Annual report on the lock hospitals of the Madras Presidency
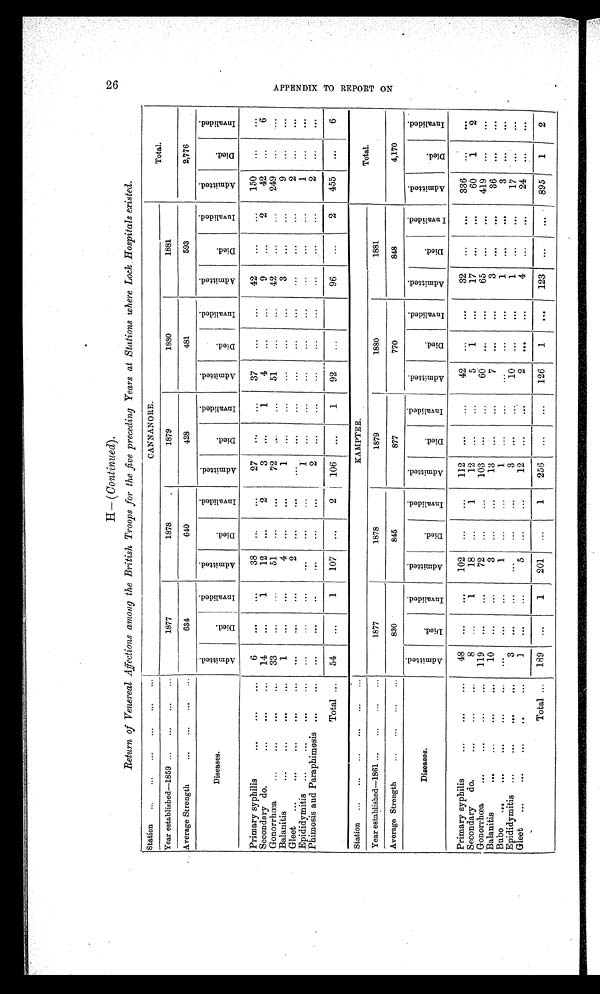
2 6 A P P E N D I X T O R E P O R T O N
H—( Continued) .
Return of Venereal Affections among the British Troops for the five preceding Years at Stations where Lock . Hospitals existed.
Station ... ... ... ... ... ...
CANNANORE.
Total.
Year established—1859 ... ... ... ...
1877
1878
1879
1880
1881
Average Strength
... ... ... ...
634
640
428
481
593
2,776
Diseases.
A d m i t t e d .
D i e d .
I n v a l i d e d .
A d m i t t e d . D i e d .
I n v a l i d e d .
A d m i t t e d .
D i e d .
I n v a l i d e d .
A d m i t t e d .
D i e d . I n v a l i d e d .
A d m i t t e d .
D i e d .
I n v a l i d e d .
A d m i t t e d .
D i e d .
I n v a l i d e d .
Primary syphilis
...
... ...
6
. . .
. . .
38 ...
...
27 ...
...
37
...
...
42
... ...
150
...
. . .
Secondary do.
...
...
... 14
. . .
1
12 ...
2
3 ...
1
4
...
...
9
. . .
2
42 ...
6
Gonorrhœa ...
...
...
... 33
... ...
51
... ...
72
... ...
51
...
...
42
...
...
249
... ...
Balanitis
...
...
...
...
1
... ...
4 ...
...
1 ...
...
...
...
3
... ...
9
... ...
Gleet...
... ... ...
... ...
...
...
2 ...
...
...
...
...
...
. . .
... ... ...
2 ...
...
Epididymitis ...
...
...
... ... ... ...
...
... ...
1 ...
...
...
...
...
...
...
...
1
... ...
Phimosis and Paraphimosis ... ...
... ...
..
...
...
. . .
2
...
...
...
...
...
... ... ...
2 ...
. . .
Total ... 54
...
1
107 ...
2
106 ...
1
92
. . .
96
...
2
455
...
6
Station ... ... ... ... ... ...
KAMPTEE.
Total.
Year established—1861 ... ... ... ...
1877
1878
1879
1880
1881
Average Strength
... ... ... ...
830
845
877
770
848
4,170
Diseases
A d m i t t e d . D i e d .
I n v a l i d e d .
A d m i t t e d . D i e d .
I n v a l i d e d .
A d m i t t e d . D i e d .
I n v a l i d e d
.
A d m i t t e d .
D i e d .
I n v a l i d e d .
A d m i t t e d .
D i e d .
I n v a l i d e d .
A d m i t t e d .
D i e d .
I n v a l i d e d .
Primary syphilis
...
...
...
48 ...
...
102 ...
. . . 112 ...
...
42
... ...
32 ...
...
336 ...
...
Secondary do.
...
...
...
8
...
1
18
...
1
12 ...
...
5
1
...
17 ...
...
60
1
2
Gonorrhœa ...
...
...
...
119
... ...
72
... ...
103
... ...
60
... ...
65
... ...
419
... ...
Balanitis
...
... ... ...
10 ...
...
3
... ...
13 ...
. . .
7
...
...
3
... ...
36
... ...
Bubo ...
...
...
... ...
... ...
. . .
1 ...
...
1 ...
... ... ...
...
1
... ...
3
... ...
Epididymitis ...
...
... ...
3
...
...
...
...
...
3 ... ...
10
... ...
1 ... ...
17
...
...
Gleet ...
...
... ... ...
1
...
...
5
... ...
12 ...
...
2
...
...
4 ...
...
24 ...
...
Total ... 189
...
1
201 ...
1
256 ...
...
126
1
...
123
... ...
895
1
2